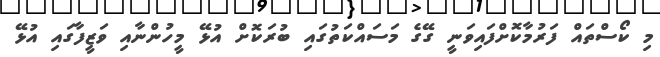
މި ކޯސްތައް ފަރުމާކޮށްފައިވަނީ ގޭގެ މަސައްކަތުގައި ބުރަކޮށް އުޅޭ މީހުންނާއި ވަޒީފާގައި އުޅޭ